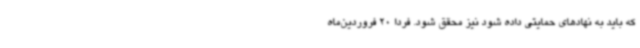
که باید به نهادهای حمایتی داده شود نیز محقق شود. فردا 20 فروردین‌ماه